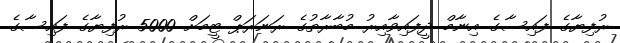
ރުފިޔާގެ ފައިސާގެ އިނާމް ދީފައިވާއިރު މުބާރާތުގެ ރަނަރަޕް ޓީމަށް 5000 ރުފިޔާގެ ފައިސާގެ